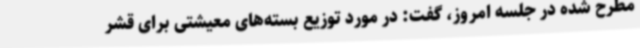
مطرح شده در جلسه امروز، گفت: در مورد توزیع بسته‌های معیشتی برای قشر